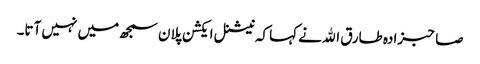
صاحبزادہ طارق اﷲ نے کہا کہ نیشنل ایکشن پلان سمجھ میں نہیں آتا۔